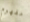
مفهوم